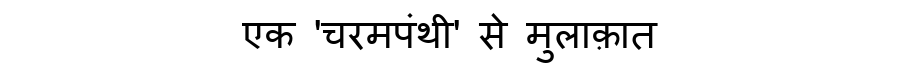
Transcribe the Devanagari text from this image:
एक 'चरमपंथी' से मुलाक़ात